Standards of the constituents of the urine and blood and the bearing of the metabolism of Bengalis on the problems of nutrition - Number 34
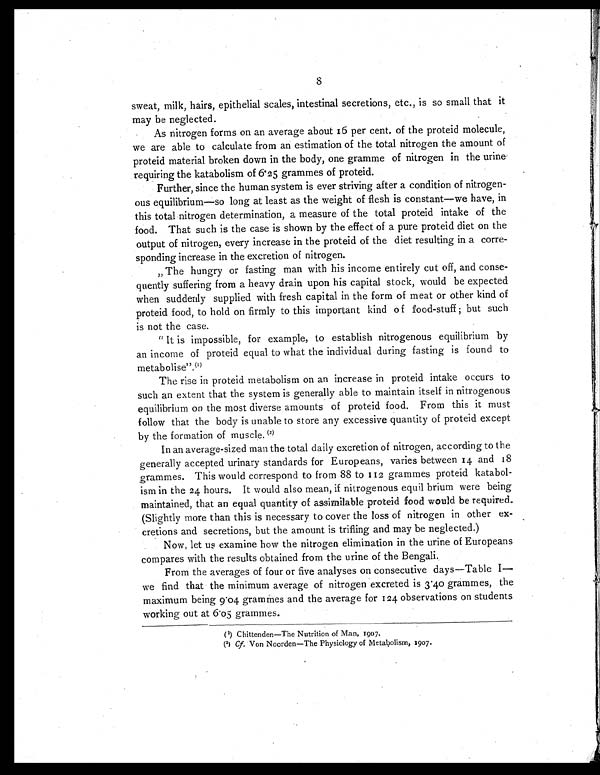
8
sweat, milk, hairs, epithelial scales, intestinal secretions, etc., is so small that it
may be neglected.
As nitrogen forms on an average about 16 per cent. of the proteid molecule,
we are able to calculate from an estimation of the total nitrogen the amount of
proteid material broken down in the body, one gramme of nitrogen in the urine
requiring the katabolism of 6.25 grammes of proteid.
Further, since the human system is ever striving after a condition of nitrogen-
ous equilibrium—so long at least as the weight of flesh is constant—we have, in
this total nitrogen determination, a measure of the total proteid intake of the
food. That such is the case is shown by the effect of a pure proteid diet on the
output of nitrogen, every increase in the proteid of the diet resulting in a corre-
sponding increase in the excretion of nitrogen.
„ The hungry or fasting man with his income entirely cut off, and conse-
quently suffering from a heavy drain upon his capital stock, would be expected
when suddenly supplied with fresh capital in the form of meat or other kind of
proteid food, to hold on firmly to this important kind o f food-stuff ; but such
is not the case.
" It is impossible, for example, to establish nitrogenous equilibrium by
an income of proteid equal to what the individual during fasting is found to
metabolise".(1)
The rise in proteid metabolism on an increase in proteid intake occurs to
such an extent that the system is generally able to maintain itself in nitrogenous
equilibrium on the most diverse amounts of proteid food. From this it must
follow that the body is unable to store any excessive quantity of proteid except
by the formation of muscle. (2)
In an average-sized man the total daily excretion of nitrogen, according to the
generally accepted urinary standards for Europeans, varies between 14 and 18
grammes. This would correspond to from 88 to 112 grammes proteid katabol-
ism in the 24 hours. It would also mean, if nitrogenous equil brium were being
maintained, that an equal quantity of assimilable proteid food would be required.
(Slightly more than this is necessary to cover the loss of nitrogen in other ex-
cretions and secretions, but the amount is trifling and may be neglected.)
Now, let us examine how the nitrogen elimination in the urine of Europeans
compares with the results obtained from the urine of the Bengali.
From the averages of four or five analyses on consecutive days—Table I—
we find that the minimum average of nitrogen excreted is 3.40 grammes, the
maximum being 9.04 grammes and the average for 124 observations on students
working out at 6.05 grammes.
(1) Chittenden—The Nutrition of Man, 1907.
(2) Cf. Von Noorden—The Physiology of Metabolism, 1907.